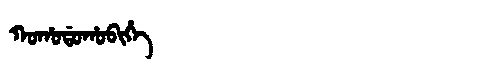
Manchu: ᡴᠣᡥᠣᡩᠣᡥᠣᠪᡳᡥᡝ
Romanization: KOHODOHOBIHE